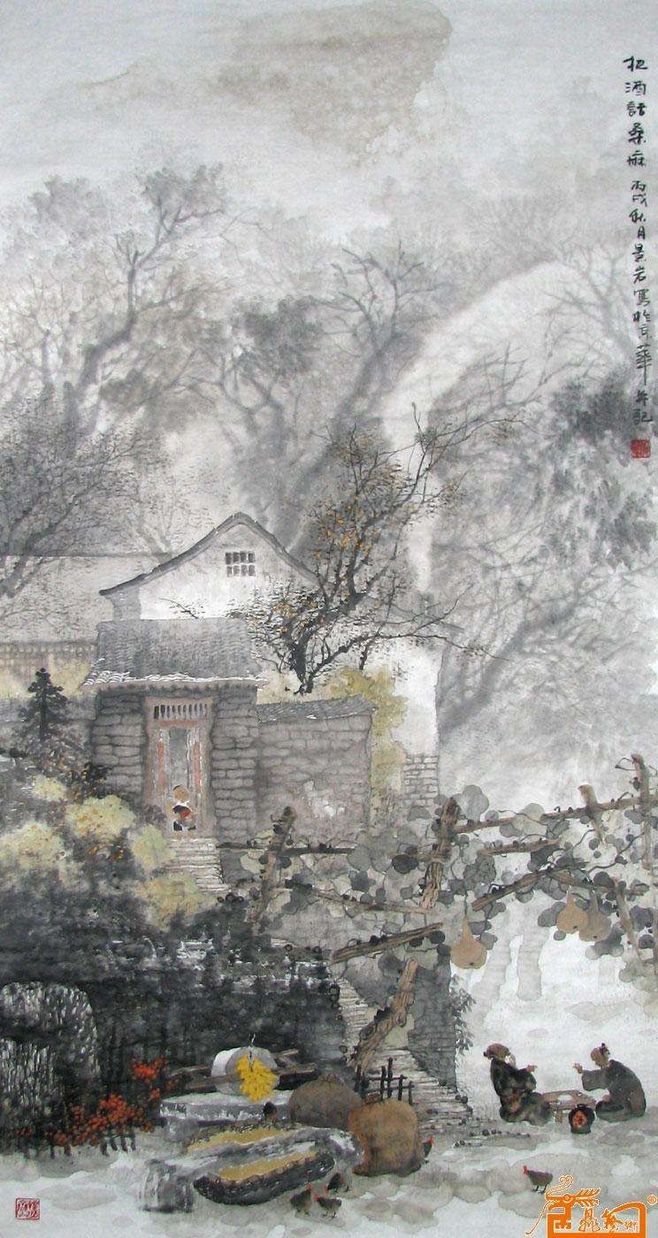
故人具鸡黍，邀我至田家。